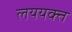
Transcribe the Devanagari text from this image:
लययक्त